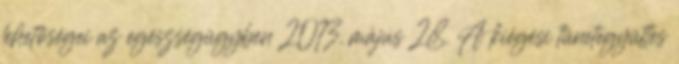
lehetőségei az egészségügyben 2013. május 28. A kiégési tünetegyüttes